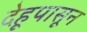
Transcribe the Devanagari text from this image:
देहूपासून